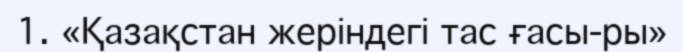
1. «Қазақстан жеріндегі тас ғасы­ры»